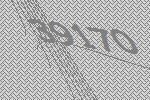
39170